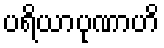
ပရိယာပုဏာဟိ